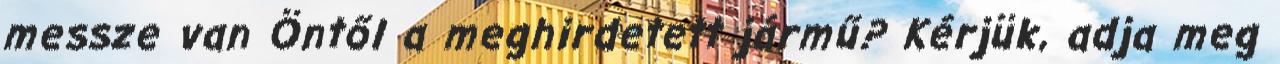
messze van Öntől a meghirdetett jármű? Kérjük, adja meg